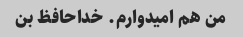
من هم امیدوارم. خداحافظ بن